Regulations for the medical services of the Army of India
Year: 1930
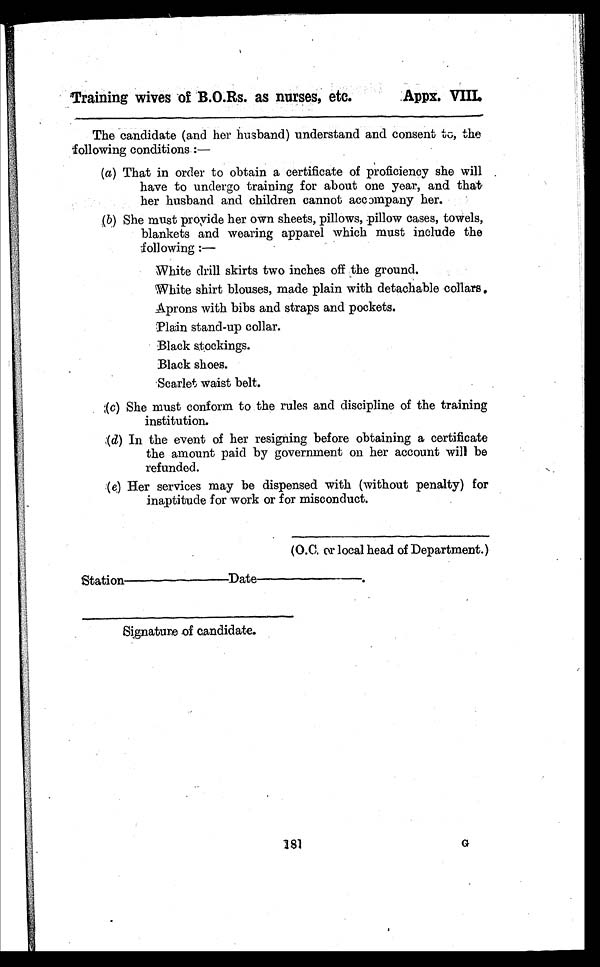
Training wives of B.O.Rs. as nurses, etc.
.Appx. VIII.
The candidate (and her husband) understand and consent to, the
following conditions :
—
(a) That in order to obtain a certificate of proficiency she will
have to undergo training for about one year, and that
her husband and children cannot accompany her.
( b ) S h e m u s t p r o v i d e h e r o w n s h e e t s , p i l l o w s , p i l l o w c a s e s , t o w e l s ,
blankets and wearing apparel which must include the
following :
—
White drill skirts two inches off the ground.
White shirt blouses, made plain with detachable collars,
Aprons with bibs and straps and pockets.
Plain stand-up collar.
Black stockings.
Black shoes.
Scarlet waist belt.
(c) She must conform to the rules and discipline of the training
institution.
:(d)In the event of her resigning before obtaining a certificate
the amount paid by government on her account will be
refunded.
:(e)Her services may be dispensed with (without penalty) for
inaptitude for work or for misconduct.
(O.C. or local head of Department.)
Station
Date
Signature of candidate.
181